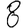
Digit: 8